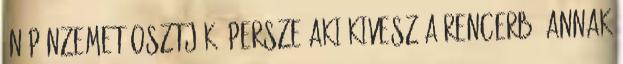
én pénzemet osztják. Persze aki kivesz a rencerbő annak